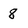
Character: 8